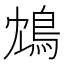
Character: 鴆